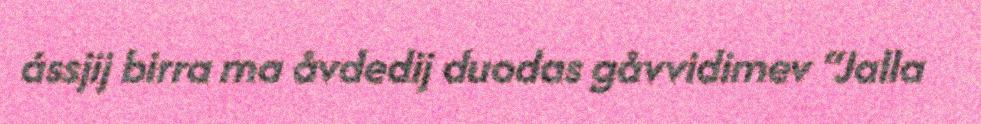
ássjij birra ma åvdedij duodas gåvvidimev “Jalla